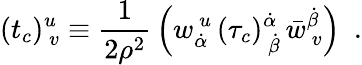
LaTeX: (t_{c})_{~v}^{u}\equiv{\frac{1}{2\rho^{2}}}\left(w_{\dot{\alpha}}^{~u}\, (\tau_{c})_{~\dot{\beta}}^{\dot{\alpha}}\, \bar{w}_{~v}^{\dot{\beta}}\right)~~.